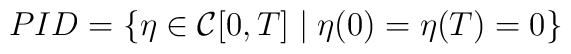
PID=\{\eta \in {\cal {C}}[0,T]\mid \eta (0)=\eta (T)=0\}